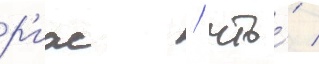
р'иас / что́ /